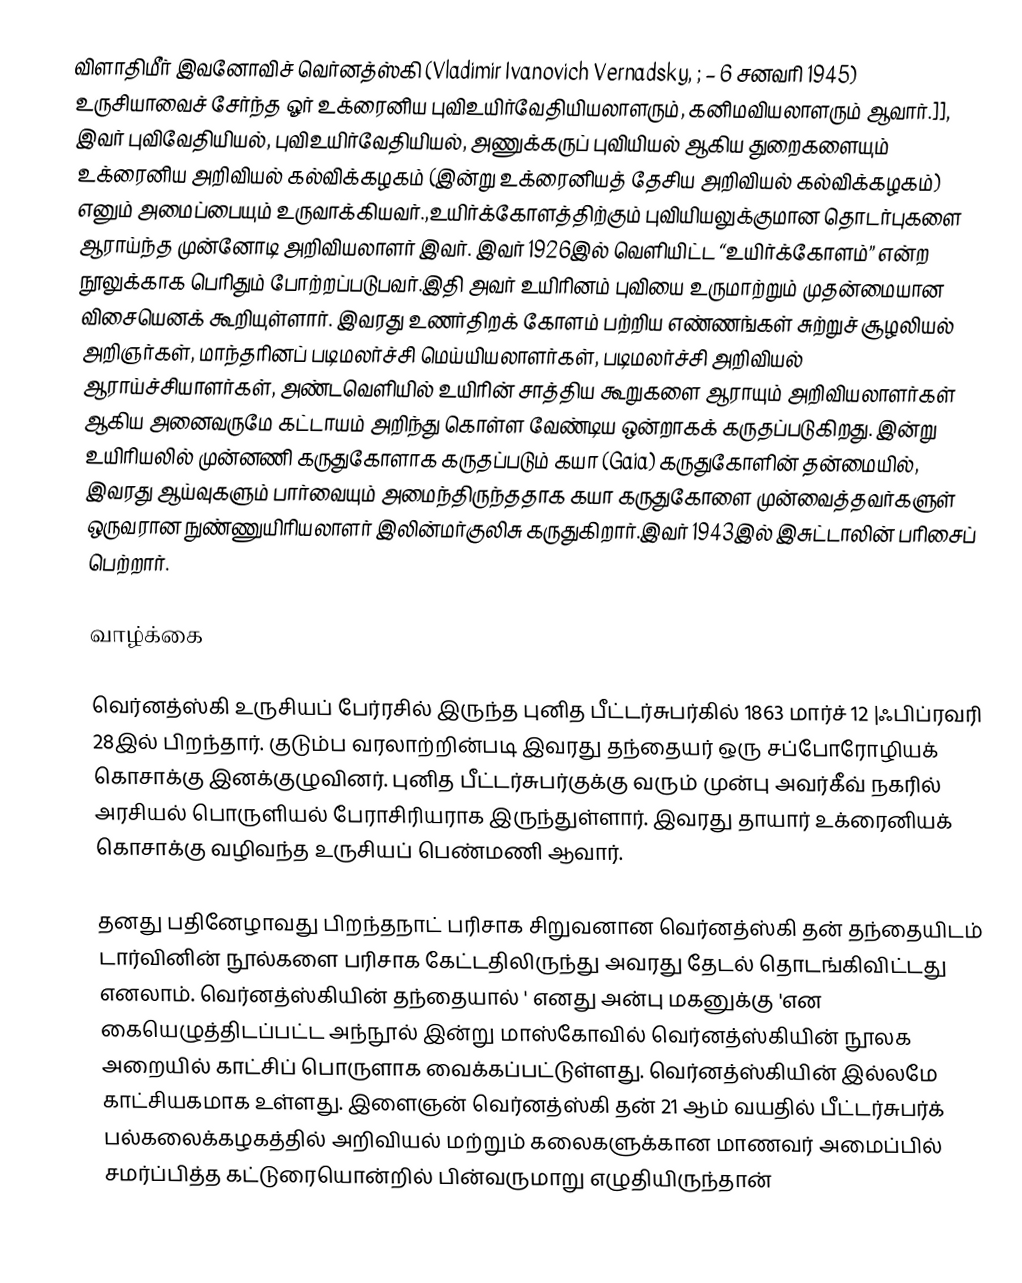
விளாதிமீர் இவனோவிச் வெர்னத்ஸ்கி (Vladimir Ivanovich Vernadsky, ;  – 6 சனவரி 1945) உருசியாவைச் சேர்ந்த ஓர் உக்ரைனிய புவிஉயிர்வேதியியலாளரும், கனிமவியலாளரும் ஆவார்.]], இவர் புவிவேதியியல், புவிஉயிர்வேதியியல், அணுக்கருப் புவியியல் ஆகிய துறைகளையும் உக்ரைனிய அறிவியல் கல்விக்கழகம் (இன்று உக்ரைனியத் தேசிய அறிவியல் கல்விக்கழகம்) எனும் அமைப்பையும் உருவாக்கியவர்.,உயிர்க்கோளத்திற்கும் புவியியலுக்குமான தொடர்புகளை ஆராய்ந்த முன்னோடி அறிவியலாளர் இவர். இவர் 1926இல் வெளியிட்ட “உயிர்க்கோளம்” என்ற நூலுக்காக பெரிதும் போற்றப்படுபவர்.இதி அவர் உயிரினம் புவியை உருமாற்றும் முதன்மையான விசையெனக் கூறியுள்ளார். இவரது உணர்திறக் கோளம் பற்றிய எண்ணங்கள் சுற்றுச் சூழலியல் அறிஞர்கள், மாந்தரினப் படிமலர்ச்சி மெய்யியலாளர்கள், படிமலர்ச்சி அறிவியல் ஆராய்ச்சியாளர்கள், அண்டவெளியில் உயிரின் சாத்திய கூறுகளை ஆராயும் அறிவியலாளர்கள் ஆகிய அனைவருமே கட்டாயம் அறிந்து கொள்ள வேண்டிய ஒன்றாகக் கருதப்படுகிறது. இன்று உயிரியலில் முன்னணி கருதுகோளாக கருதப்படும் கயா (Gaia) கருதுகோளின் தன்மையில், இவரது ஆய்வுகளும் பார்வையும் அமைந்திருந்ததாக கயா கருதுகோளை முன்வைத்தவர்களுள் ஒருவரான நுண்ணுயிரியலாளர் இலின்மர்குலிசு கருதுகிறார்.இவர் 1943இல் இசுட்டாலின் பரிசைப் பெற்றார்.

வாழ்க்கை

வெர்னத்ஸ்கி உருசியப் பேர்ரசில் இருந்த புனித பீட்டர்சுபர்கில் 1863 மார்ச் 12 |ஃபிப்ரவரி 28இல் பிறந்தார். குடும்ப வரலாற்றின்படி இவரது தந்தையர் ஒரு சப்போரோழியக் கொசாக்கு இனக்குழுவினர். புனித பீட்டர்சுபர்குக்கு வரும் முன்பு அவர்கீவ் நகரில் அரசியல் பொருளியல் பேராசிரியராக இருந்துள்ளார். இவரது தாயார் உக்ரைனியக் கொசாக்கு வழிவந்த உருசியப் பெண்மணி ஆவார்.

தனது பதினேழாவது பிறந்தநாட் பரிசாக சிறுவனான வெர்னத்ஸ்கி தன் தந்தையிடம் டார்வினின் நூல்களை பரிசாக கேட்டதிலிருந்து அவரது தேடல் தொடங்கிவிட்டது எனலாம். வெர்னத்ஸ்கியின் தந்தையால் ' எனது அன்பு மகனுக்கு 'என கையெழுத்திடப்பட்ட அந்நூல் இன்று மாஸ்கோவில் வெர்னத்ஸ்கியின் நூலக அறையில் காட்சிப் பொருளாக வைக்கப்பட்டுள்ளது. வெர்னத்ஸ்கியின் இல்லமே காட்சியகமாக உள்ளது. இளைஞன் வெர்னத்ஸ்கி தன் 21 ஆம் வயதில் பீட்டர்சுபர்க் பல்கலைக்கழகத்தில் அறிவியல் மற்றும் கலைகளுக்கான மாணவர் அமைப்பில் சமர்ப்பித்த கட்டுரையொன்றில் பின்வருமாறு எழுதியிருந்தான்